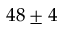
4 8 \pm 4